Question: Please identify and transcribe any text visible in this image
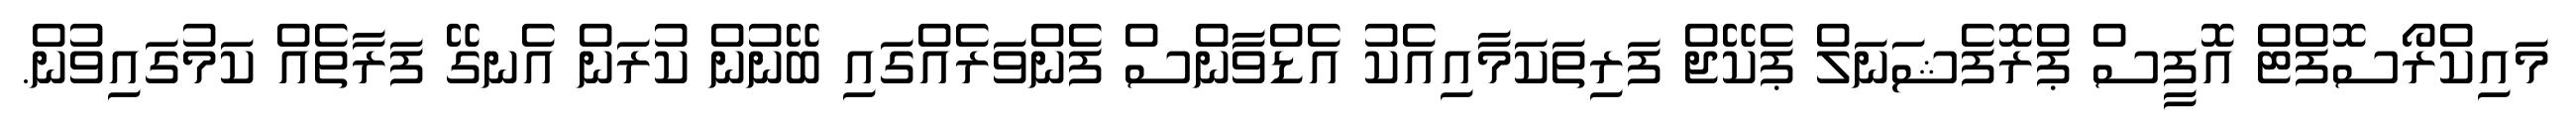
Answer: މައިކްރޯސޮފްޓް އޮފީސް ޕްރޮފެޝަނަލް ޕެކޭޖް ފަރިތަކަމާއިއެކު އެޑްވާންސް ފެންވަރެއްގައި ބޭނުން ކުރަން އެނގޭ ފަރާތެއް ކަމުގައިވުން.